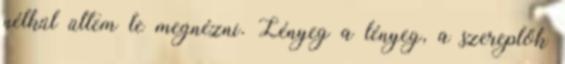
nélkül ültem le megnézni. Lényeg a lényeg, a szereplők